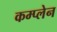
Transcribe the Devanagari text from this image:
कम्प्लेन